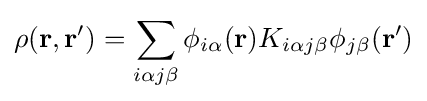
\rho (\mathbf {r} ,\mathbf {r} ^{\prime })=\sum _{i\alpha j\beta }\phi _{i\alpha }(\mathbf {r} )K_{i\alpha j\beta }\phi _{j\beta }(\mathbf {r} ^{\prime })